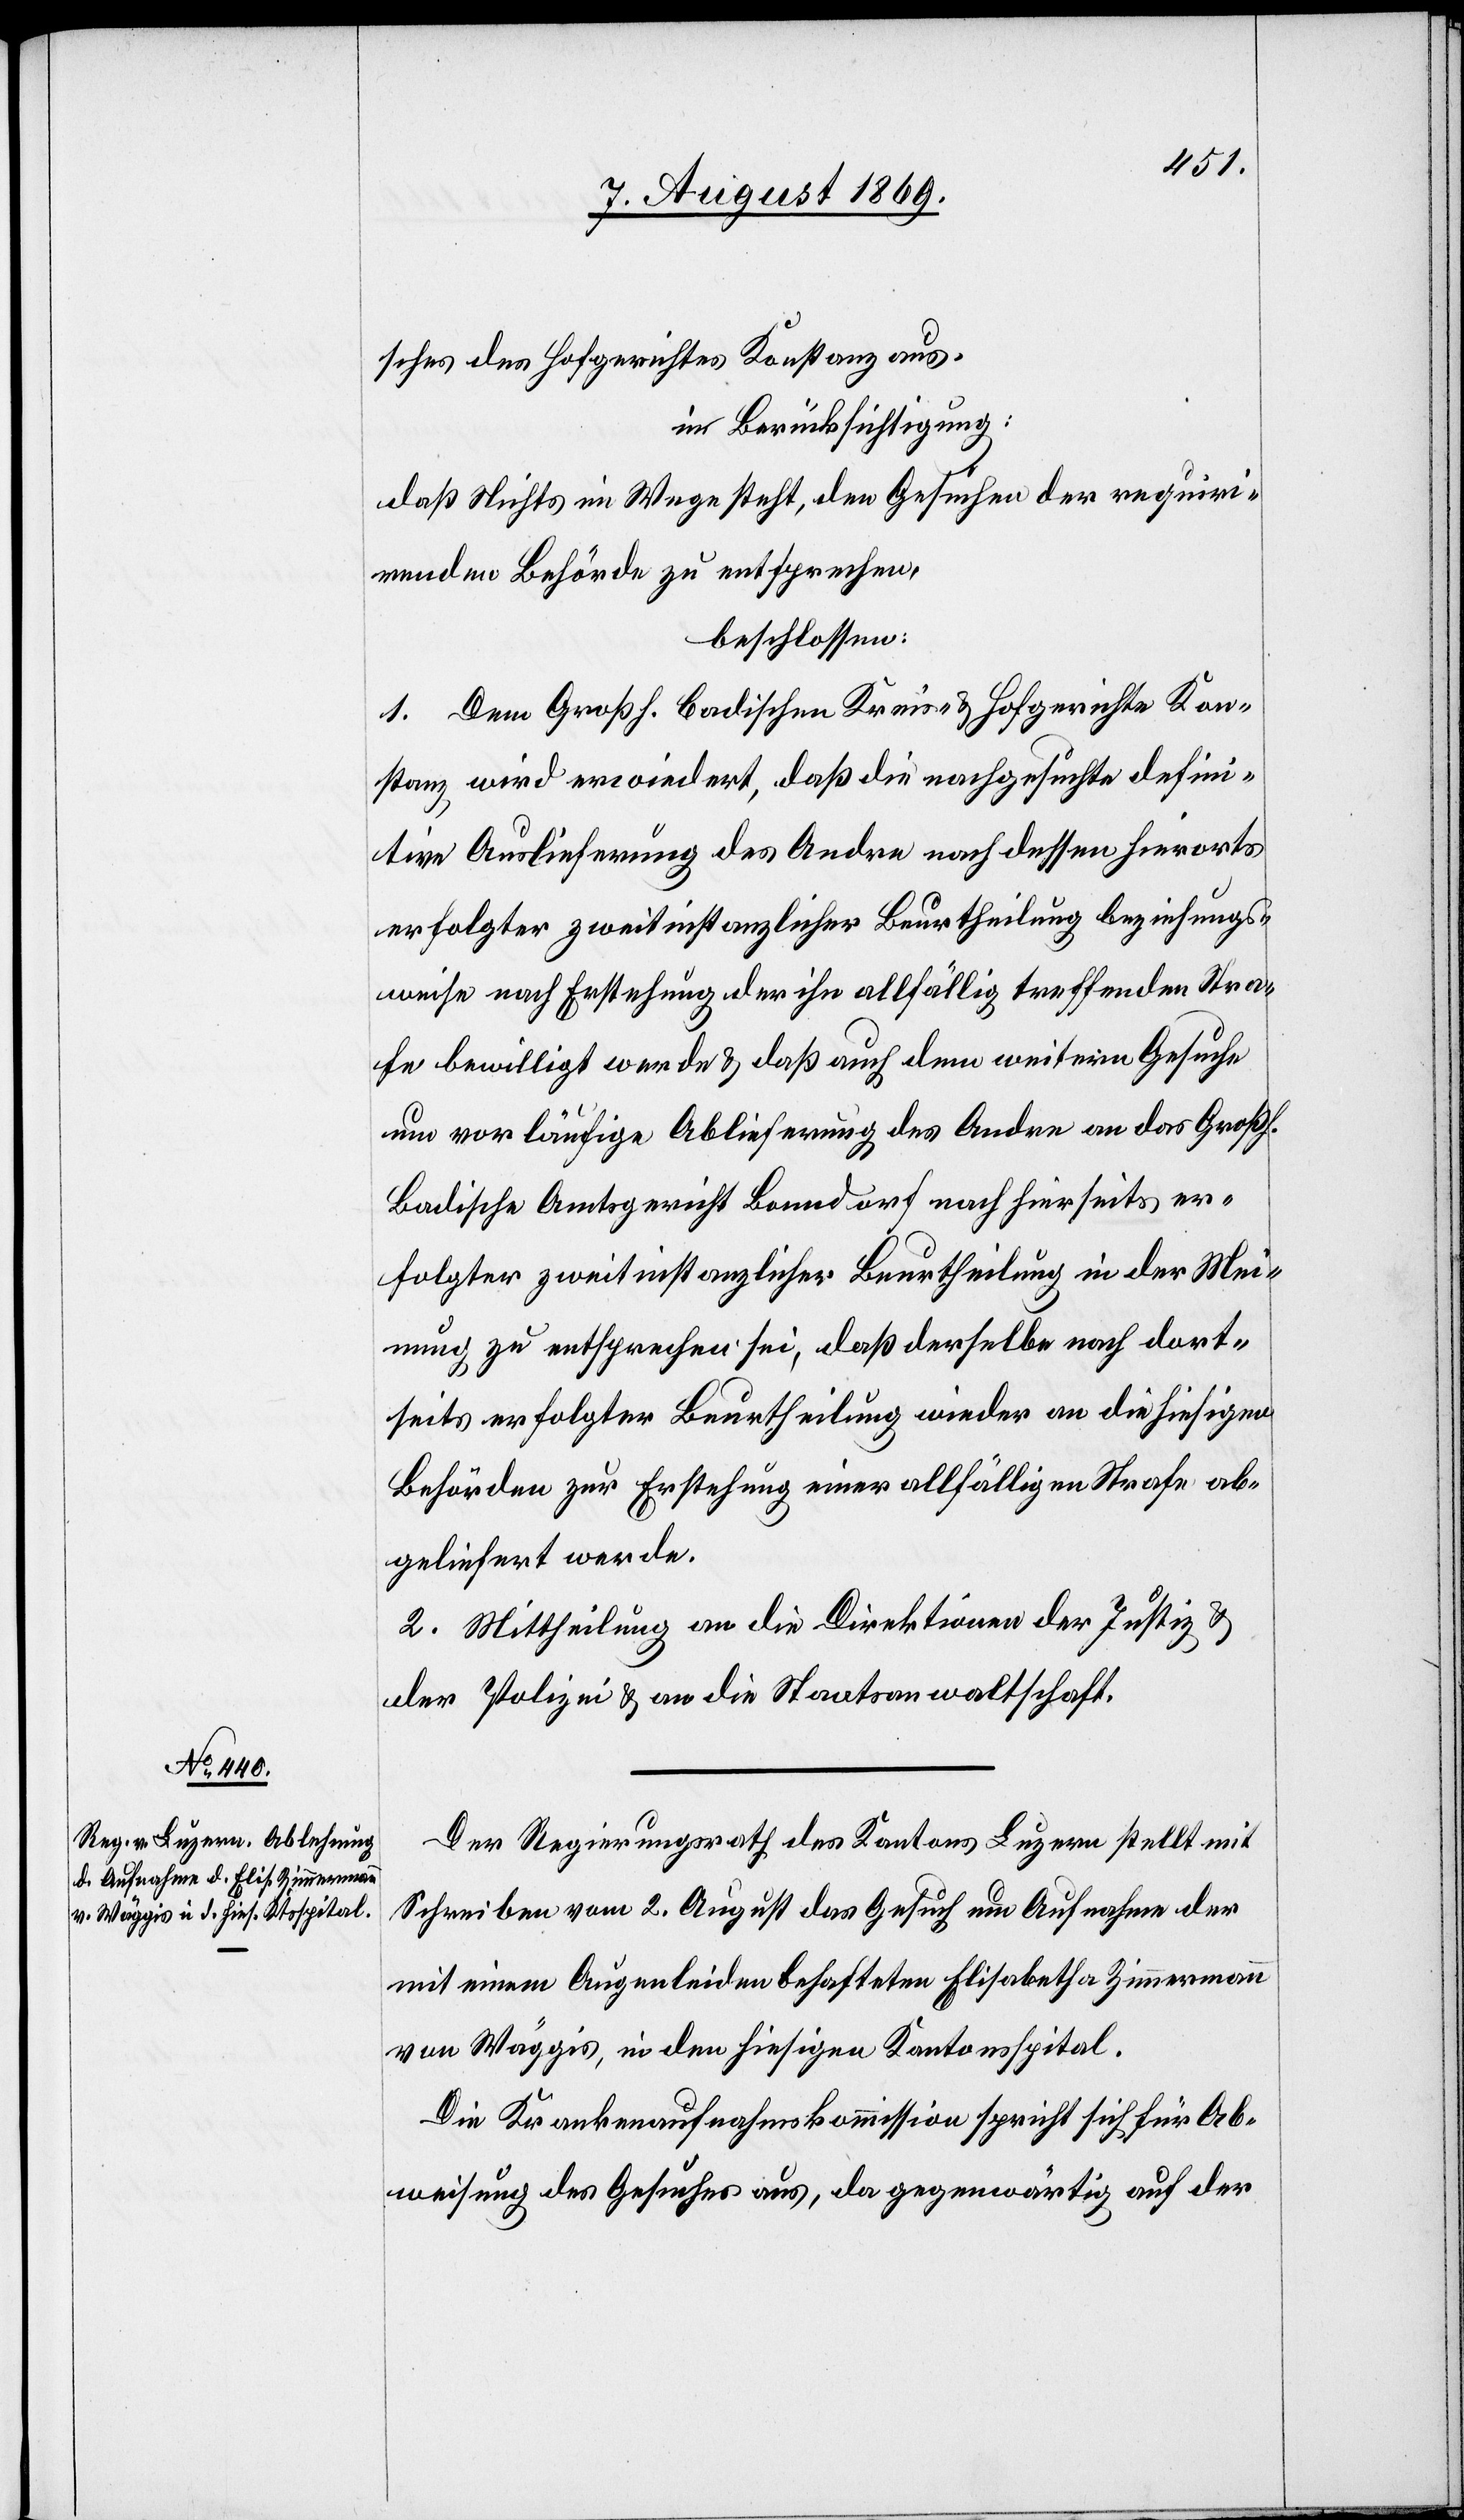
sches des Hofgerichtes Konstanz aus.
in Berücksichtigung:
daß Nichts im Wege steht, den Gesuchen der requiri¬
renden Behörde zu entsprechen,
beschlossen:
1. Dem Großh. Badischen Kreis- & Hofgerichte Kon¬
stanz, wird erwiedert, daß die nachgesuchte defini¬
tive Auslieferung des Andre nach dessen hierorts
erfolgter zweitinstanzlicher Beurtheilung beziehungs¬
weise nach Erstehung der ihn allfällig treffenden Stra¬
fe bewilligt werde & daß auch dem weitern Gesuche
um vorläufige Ablieferung des Andre an das Großh.
Badische Amtsgericht Bonndorf nach hierseits er¬
folgter zweitinstanzlicher Beurtheilung in der Mei¬
nung zu entsprechen sei, daß derselbe nach dort¬
seits erfolgter Beurtheilung wieder an die hiesigen
Behörden zur Entsprechung einer allfälligen Strafe ab¬
geliefert werde.
2. Mittheilung an die Direktionen der Justiz &
der Polizei & an die Staatsanwaltschaft.
Der Regierungsrath des Kantons Luzern stellt mit
Schreiben vom 2 August das Gesuch um Aufnahme der
mit einem Augenleiden behafteten Elisabetha Zimmermann
von Wäggis, in den hiesigen Kantonsspital.
Die Krankenaufnahmskommission spricht sich für Ab¬
weisung des Gesuches aus, da gegenwärtig auf der